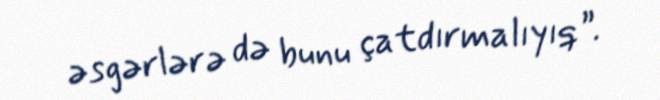
əsgərlərə də bunu çatdırmalıyıq”.